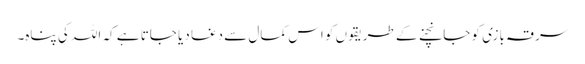
سرقہ بازی کو جانچنے کے طریقوں کو اس کمال سے دغا دیا جاتا ہے کہ اللہ کی پناہ۔